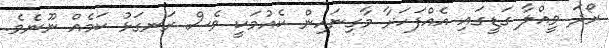
ރޯދަ ވީއްލާ ގަޑީގައި އެއްފަހަރާ މާގިނައިން ކެއުމަކީ ވެސް ރަނގަޅު ކަމެއް ނޫނެވެ.